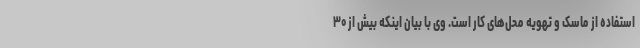
استفاده از ماسک و تهویه محل‌های کار است. وی با بیان اینکه بیش از ۳۰